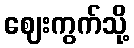
ဈေးကွက်သို့